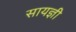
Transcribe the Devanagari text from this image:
सायज्ञी